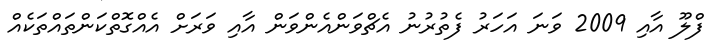
ފްލޫ އާއި 2009 ވަނަ އަހަރު ފެތުރުނު އެޗްވަންއެންވަން އާއި ވަރަށް އެއްގޮތްކަންތައްތަކެއް